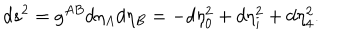
LaTeX: d s ^ { 2 } = g ^ { A B } d \eta _ { A } d \eta _ { B } = - d \eta _ { 0 } ^ { 2 } + d \eta _ { i } ^ { 2 } + d \eta _ { 4 } ^ { 2 } .